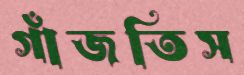
গাঁজতিস